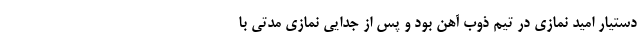
دستیار امید نمازی در تیم ذوب آهن بود و پس از جدایی نمازی مدتی با